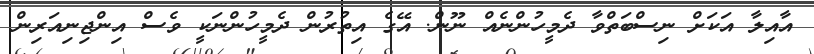
އާއިލާ އަކަށް ނިސްބަތްވާ ދެމީހުންނެއް ނޫން. އޭގެ އިތުރުން ދެމީހުންނަކީ ވެސް އިންޖިނިއަރިން